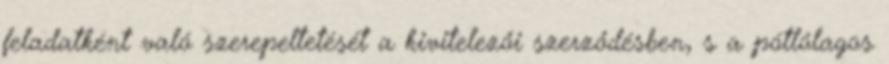
feladatként való szerepeltetését a kivitelezői szerződésben, s a pótlólagos